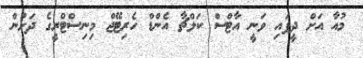
މުއާ އަށް ދީފައި ވަނީ އާޓްސް ކަލްޗާ އެންޑް ހެރިޓޭޖް މިނިސްޓްރީގެ ދަށުން